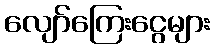
လျော်ကြေးငွေများ